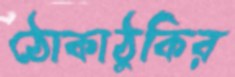
ঠোকাঠুকির